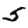
Digit: 5